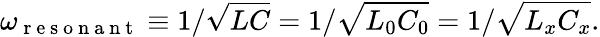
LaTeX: \omega_{\mathrm{~r~e~s~o~n~a~n~t~}}\equiv 1/\sqrt{LC}=1/\sqrt{L_{0}C_{0}}=1/\sqrt{L_{x}C_{x}}.